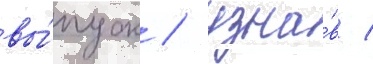
вы́пуск / узна́в /